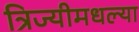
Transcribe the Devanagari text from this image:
त्रिज्यीमधल्या